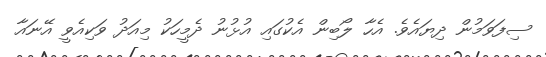
ސިފަވަމުން ދިޔައެވެ. އެހާ ލޯބިން އެކުގައި އުޅުނު ދެމީހަކު މިއަދު ވަކިއެވީ އޭނައާ